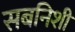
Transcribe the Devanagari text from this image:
सबनिशी